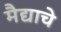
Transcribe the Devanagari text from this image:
मैद्याचे